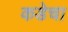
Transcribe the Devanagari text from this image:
कडेचा